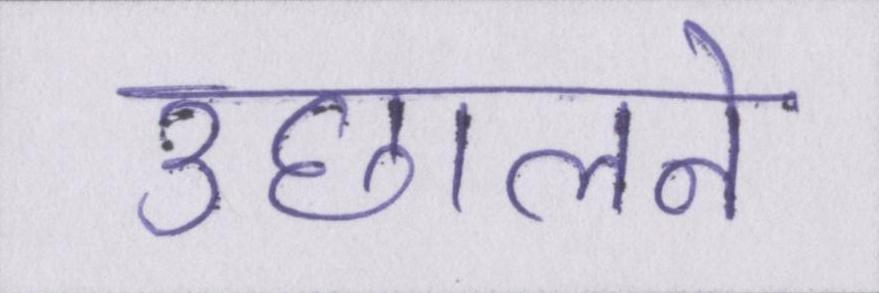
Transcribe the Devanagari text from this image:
उछालने